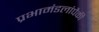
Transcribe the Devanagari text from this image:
प्रभामंडलांपैकी